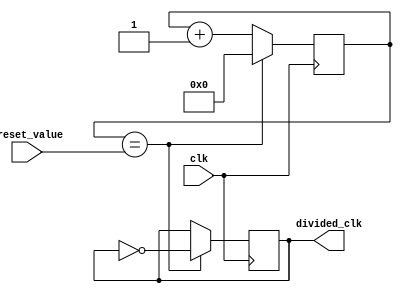
module clock_divider (
  input wire clk, // input clock signal
  input wire [7:0] preset_value, // preset value for the counter
  output reg divided_clk // divided clock output signal
);

reg [7:0] counter; // counter for counting clock cycles

always @(posedge clk) begin
  if (counter == preset_value) begin
    divided_clk <= ~divided_clk; // toggle the divided clock signal
    counter <= 0; // reset the counter
  end else begin
    counter <= counter + 1; // increment the counter
  end
end

endmodule